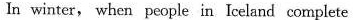
In winter, when people in Iceland complete